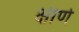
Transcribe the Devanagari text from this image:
क्षीर्ण